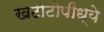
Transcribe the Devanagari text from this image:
खटाटोपींध्ये